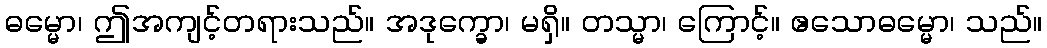
ဓမ္မော၊ ဤအကျင့်တရားသည်။ အဒုက္ခော၊ မရှိ။ တသ္မာ၊ ကြောင့်။ ဧသောဓမ္မော၊ သည်။